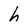
Character: h